Vital statistics of India. Vol. VI, European troops 1870-79
Year: 1870
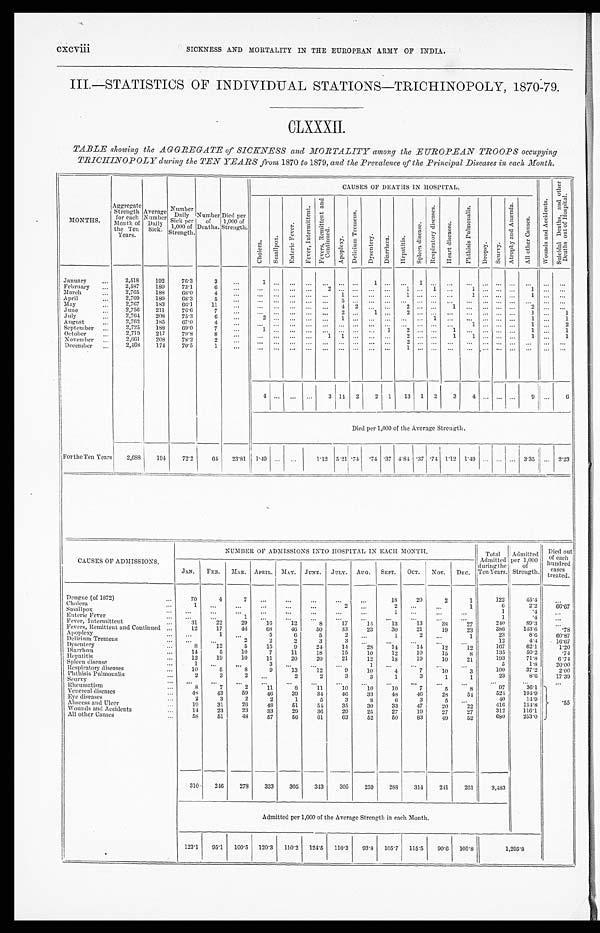
cxcviii
SICKNESS AND MORTALITY IN THE EUROPEAN ARMY OF INDIA.
III.—STATISTICS OF INDIVIDUAL STATIONS-TRICHINOPOLY, 1870-79.
CLXXXII.
TABLE showing the AGGREGATE of SICKNESS and MORTALITY among thee EUROPEAN TROOPS occupying
TRICHINOPOL Y during the TEN YEARS from 1870 to 1879, and thee Prevalence of the Principal Diseases in each Month.
CAUSES OF DEATHS IN HOSPITAL.
W o u n d s a n d A c c i d e n t s .
S u i c i d a l D e a t h s , a n d o t h e r
D e a t h s o u t o f H o s p i t a l .
MONTHS.
Aggregate
Strength
for each
Month
o f t h e
T e n
Years.
Average
Number D a i l y
Sick.
Number Daily
Sick per
1,000 of
Strength.
Number
of
Deaths.
Died per
1,000 of
Strength.
C h o l e r a .
S m a l l p o x .
E n t e r i c I n t e r m i t t e n t .
F e v e r , I n t e r m i t t e n t .
F e v e r s , R e m i t t e n t a n d
Co n t i n u e d .
A p o p l e x y .
D e l i r i u m T r e m e n s .
D y s e n t e r y .
D i a r r h œ a .
H e p a t i t i s .
S p l e e n d i s e a s e .
R e s p i r a t o r y d i s e a s e s .
H e a r t d i s e a s e s .
P h t h i s i s P u l m o n a l i s .
D r o p s y .
Seur vy.
A t r o p h y a n d A n æ m i a .
A l l o t h e r C a u s e s .
January
2,518
192
76.3
3
...
1
... ... ...
. . . ... ...
1
. . . ...
1
...
. . . ... ... ... ...
... ...
. . .
February
2,587
189
73.1
6
...
. . .
...
. . . ...
2 ... ... ...
. . .
1 ... 1
. . . 1 ... ... ...
1 ...
. . .
March
2,765
188
68.0
4
. . .
. . . ... ... ...
. . . 1 ... ...
. . .
1 ... ...
...
1 ... ... ...
1 ...
. . .
April
2,769
189
68.3
5
...
. . .
...
. . . ...
. . . 5 ...
. . .
. . .
. . . ... ...
. . . ... ... ... ...
. . . ...
. . .
May
2,767
183
66.1
11
... ...
... ... ...
. . . 4 2
...
. . . 2 ... ...
1 ... ... ... ... 2 ...
. . .
June
2,756
211
76.6
7
. . .
. . . ...
. . . ...
. . .
2 ... 1
. . . 2 ... ...
. . . ... ... ... ... 1 ...
1
July
2,764
208
75.3
6
. . . 2
... ... ...
. . . 1 ...
...
. . . ... ... 1
. . .
. . . ... ... ... 1 ...
1
August
2,762
185
67.0
4
...
. . . ... ... ...
. . . . . . ...
. . .
. . .
. . . ... ...
. . .
1 ... ... ...
1 ...
2
September
2,725
188
69.0
7
. . . 1
... ... ...
. . . ... ... ...
1
2 ... ...
1
. . . ... ... ...
1 ...
1
October
2,719
217
79.8
8
. . .
. . .
...
. . . ...
1 1 ...
. . .
. . . 2 ... ...
1 1 ... ... ...
1 ...
1
November
2,661
208
78.2
2
...
. . .
...
. . . ...
. . . ... ...
... ...
2 ... ...
. . .
. . . ... ... ...
. . . ...
. . .
December
2,468
174
70.5
1
. . .
. . .
...
. . . ...
. . .
. . . ...
. . .
. . .
1 ... ...
. . . ... ...
...
...
...
...
. . .
4
... ...
. . .
3 14 2
2
1
13 1 2
3 4
. . .
... ...
9 1 ...
6
Died per 1,000 of the Average Strength.
For the Ten Years
2,688
194
72.2
64
23.81 1.49 ... ...
1.12 5.21 .74
. 74
. 3 7 4.84 .37 .74 1.12 1.49 ... ... ... 3.35
. . .
2.23
CAUSES OF ADMISSIONS.
NUMBER OF ADMISSIONS INTO HOSPITAL IN EACH MONTH.
Total
Admitted
during the
Ten Years.
Admitted
Per 1,000
of
Strength.
Died out
of each
hundred
cases
treated.
JAN.
FEB.
MAR. APRIL. MAY. JUNE. JULY. AUG. SEPT.
OCT.
NOV.
DEC.
Dengue (of 1872)
70
4
7
. . .
...
. . .
. . .
. . .
18
20
2
1
122
45.4
. . .
Cholera
1
. . .
. . .
...
...
. . .
2
. . .
2
. . .
. . .
1
6
2.2
66.67
Smallpox
. . .
...
. . .
. . .
...
. . .
...
1
. . .
. . .
. . .
1
. 4
. . .
Enteric Fever
. . .
. . .
1
. . .
...
. . .
. . .
. . .
. . .
. . .
. . .
. . .
1
. 4
. . .
Fever, Intermittent
31
22
29
16
12
8
1 7
14
1 3
13
3 8
2 7
2 4 0
8 9 . 3
. . .
Fevers, Remittent and Continued
12
17
44
68
46
50
33
23
30
21
19
23
386
143.6
.78
A poplexy
. . .
1
. . .
5
6
5
2
2
. . .
1
2
. . .
1
2 3
8 . 6
6 0 . 8 7
Delirium Tremens
. . .
...
2
2
2
3
3
. . .
...
...
. . .
. . .
1 2
4 . 4
16.67
Dysentery
8
12
5
15
9
24
14
28
14
14
1 2
1 2
167
6 2 . 1
1.20
Diarrhœa
14
5
10
7
11
18
15
10
12
10
15
8
1 3 5
50.2
.74
Hepatitis
12
19
10
11
20
20
21
12
18
19
10
21
193
71.8
6.74
Spleen disease
1 ...
...
3
. . .
. . .
...
1
. . . ...
...
...
5
1 . 8
20.00
Respiratory diseases
10
5
8
9
13
1 2
9
10
4
7
10
3
100
3 7 . 2
2 . 0 0
Phthisis Pulmonalis
2
3
2
. . .
2
2
3
3
1
3
1
1
23
8 . 6
17.39
Scurvy
. . .
...
. . .
. . .
. . .
. . .
. . .
. . .
. . .
. . .
. . .
. . .
...
...
. . .
Rheumatism
8
7
2
1 1
8
1 1
1 0
1 0
1 0
7
5
8
97
3 6 . 1
Venereal diseases
...
48
43
59
46
39
34
46
33
48
46
28
54
524
1 9 4 . 9
Eye diseases
2
3
2
2
1
5
3
8
6
3
5
. . .
40
14.9
55
Abscess and Ulcer
19
31
26
48
51
54
35
30
33
47
20
22
416
154.8
W ounds and Accidents
14
23
23
33
29
36
29
25
27
19
27
27
312
116.1
All other
Causes
5 8
51
48
57
56
61
63
52
50
83
49
52
680
253.0
310
246
278
333
305
343
305
259
288
314
241
261
3,483
Admitted per 1,000 of the Average Strength in each Month.
.
123.1
95.1
100.5 120.3
110.2 124.5
110.3
93.8 105.7 115.5
90.6 105.8
1,295.8